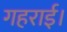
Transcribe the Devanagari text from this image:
गहराई।